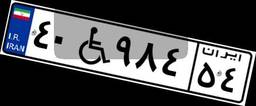
۶۰W۶۳۵۸۳